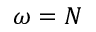
\omega = N